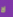
لا